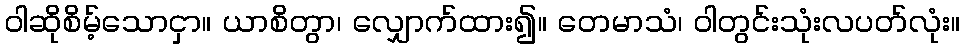
ဝါဆိုစိမ့်သောငှာ။ ယာစိတွာ၊ လျှောက်ထား၍။ တေမာသံ၊ ဝါတွင်းသုံးလပတ်လုံး။